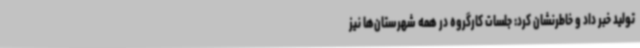
تولید خبر داد و خاطرنشان کرد: جلسات کارگروه در همه شهرستان‌ها نیز